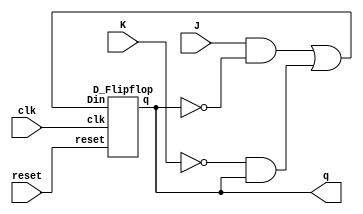
module JKFlipflop(J,K,clk,reset,q);
input J,K,clk,reset;
output q;
wire w;
assign w=(J&~q)|(~K&q);
D_Flipflop dff(w,clk,reset,q);
endmodule

module D_Flipflop(Din,clk,reset,q);
input Din,clk,reset;
output reg q;
always@(posedge clk)
begin
if(reset)
q=1'b0;
else
q=Din;
end
endmodule